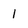
Character: l